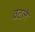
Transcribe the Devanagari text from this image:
वटले